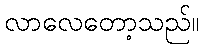
လာလေတော့သည်။